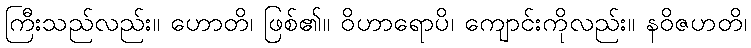
ကြီးသည်လည်း။ ဟောတိ၊ ဖြစ်၏။ ဝိဟာရောပိ၊ ကျောင်းကိုလည်း။ နဝိဇဟတိ၊